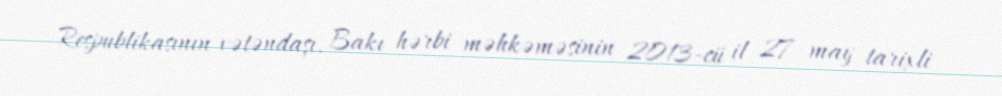
Respublikasının vətəndaşı, Bakı hərbi məhkəməsinin 2013-cü il 27 may tarixli